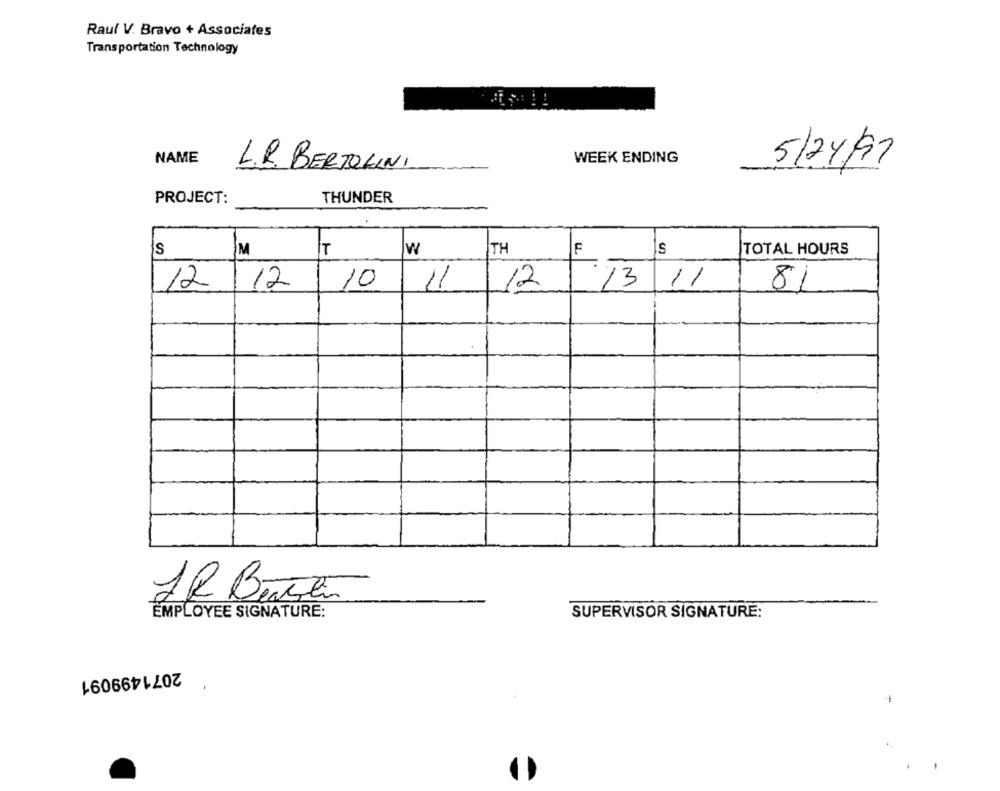
Raul V. Bravo + Associates
Transportation Technology
NAME
WEEK ENDING
5/24/97
L.R. BERTOLINI
PROJECT:
THUNDER
s
M
T
w
TH
F
TOTAL HOURS
11
12
13 11
12
12
10
81
IR Bertran
EMPLOYEE SIGNATURE:
SUPERVISOR SIGNATURE:
2071499091